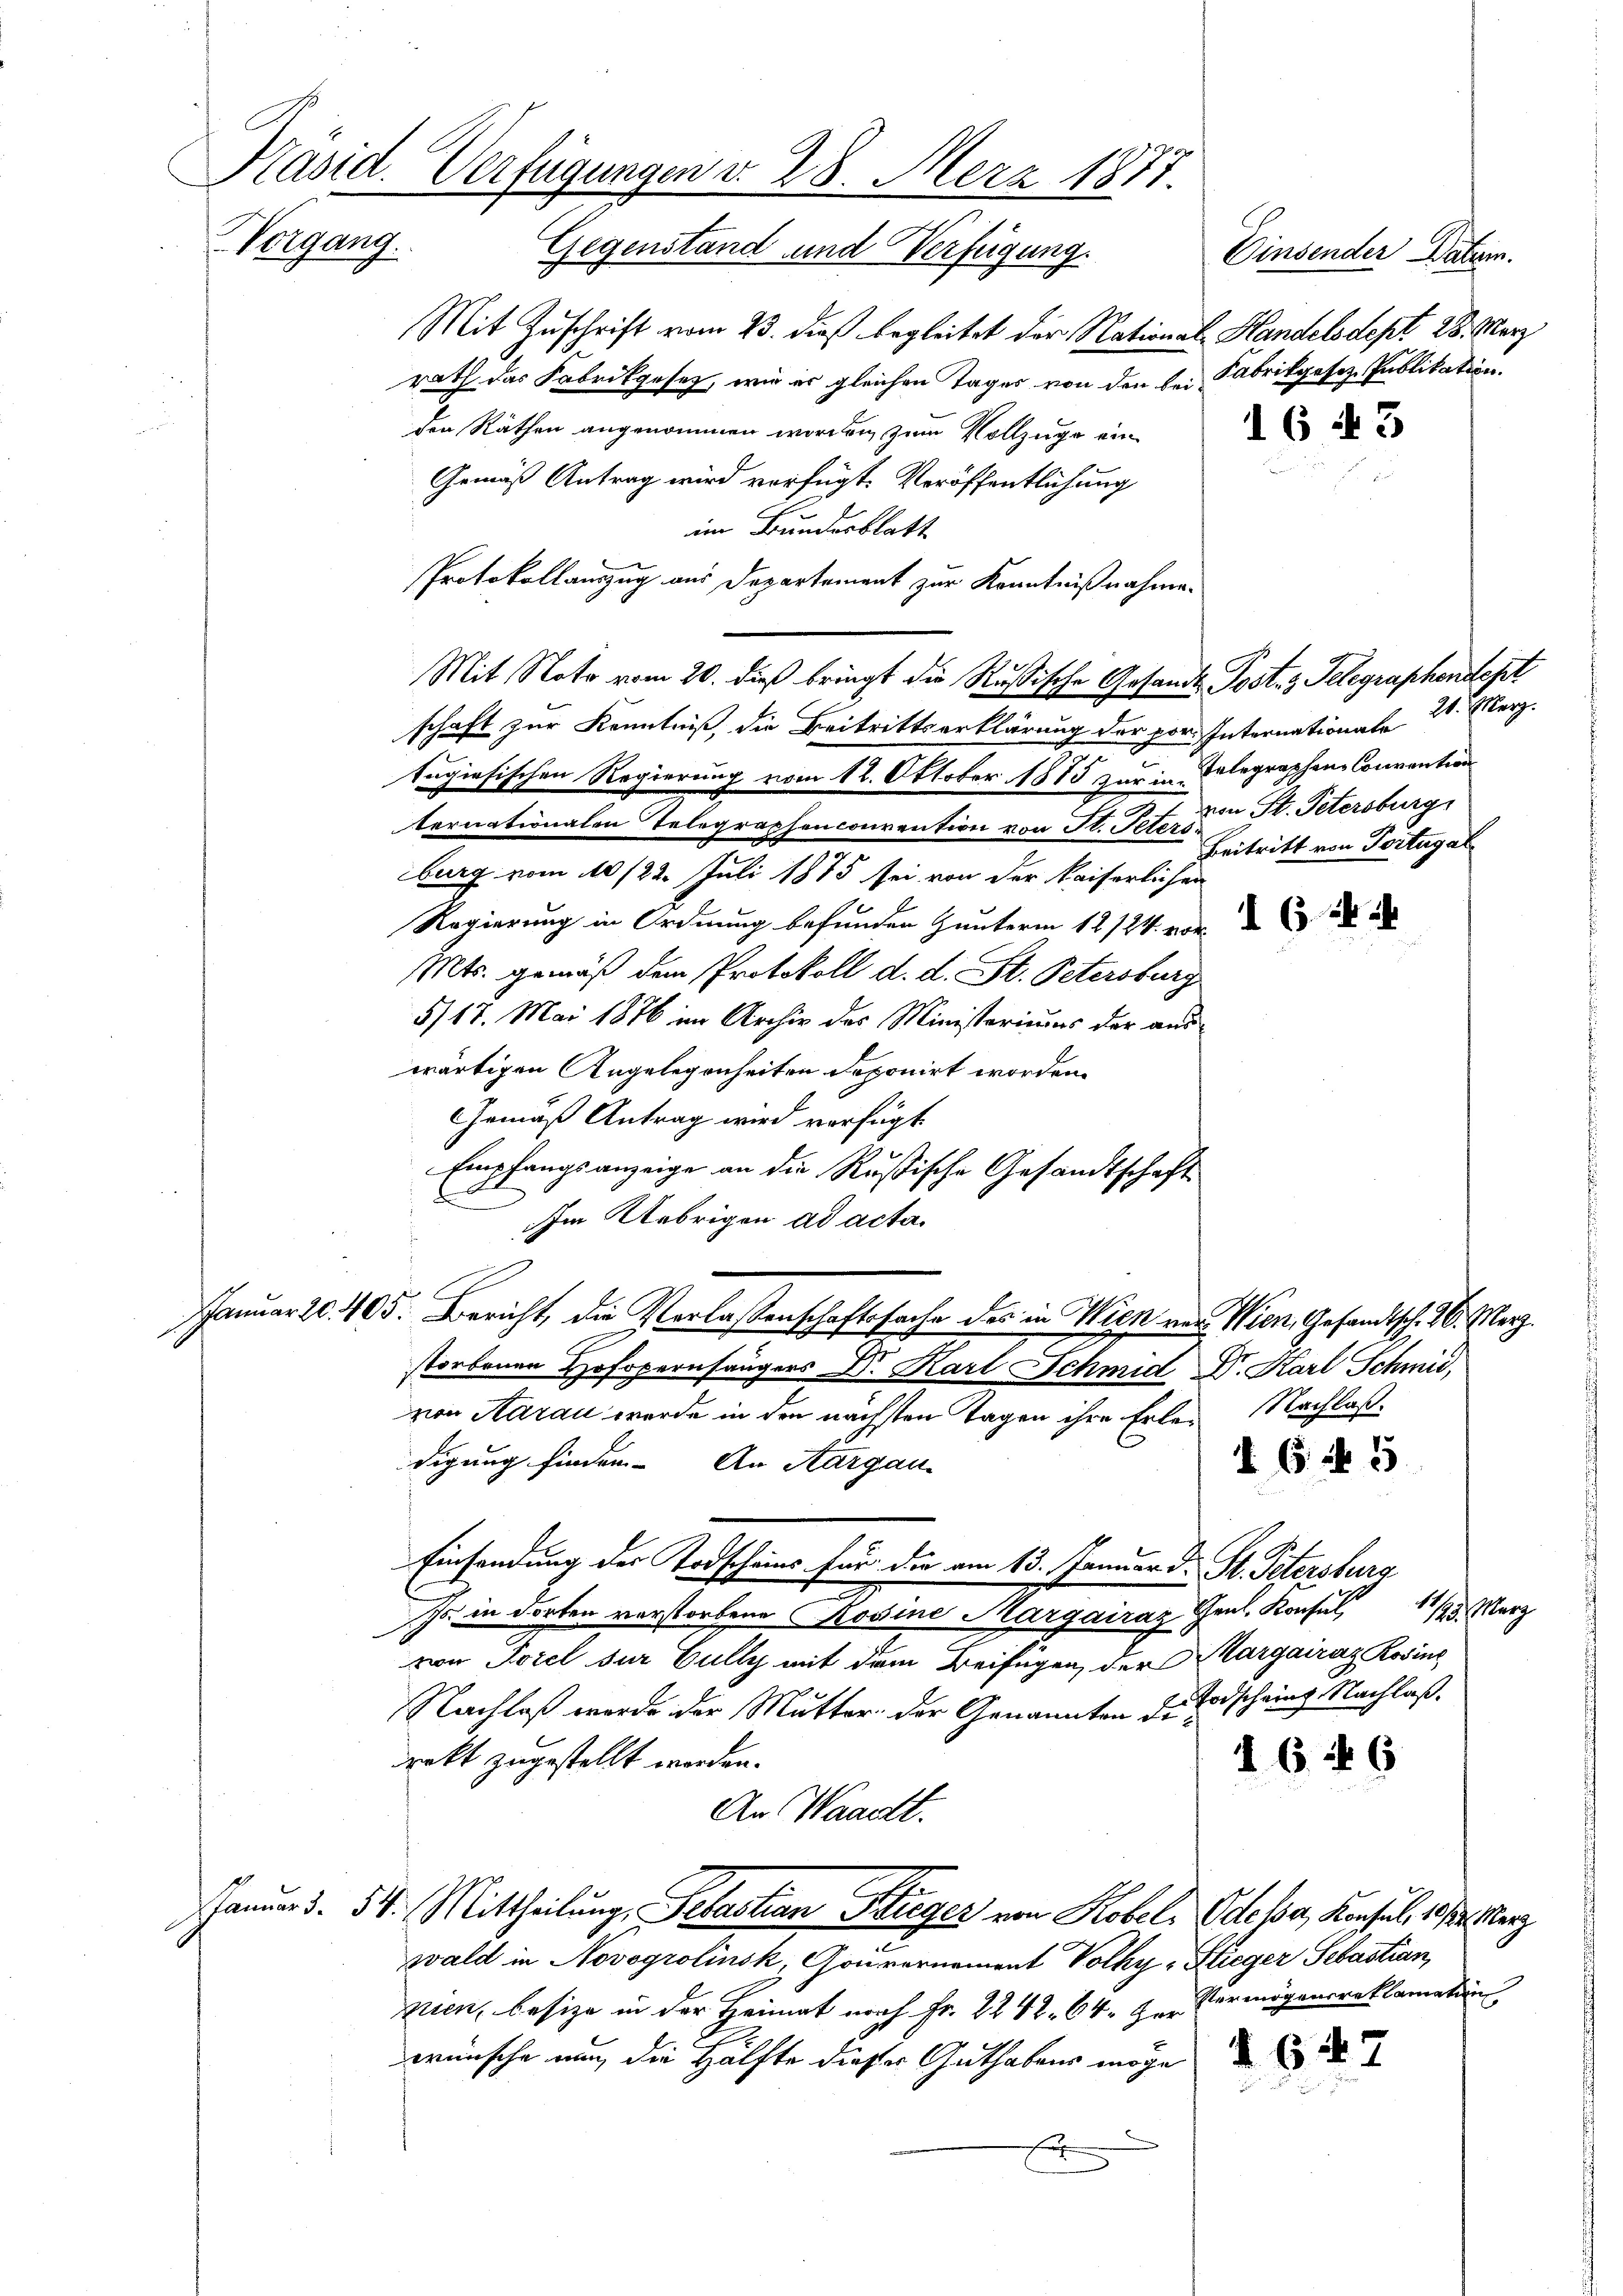
Kasid. Verfügungen v. 28. Merz 1877.
Vergang. Gegenstand und Verfügung.
Einsender Datum.

Mit Zuschrift vom 23. dieß begleitet der National-Handelsdept 28. März
rath das Fabrikgesetz, wie er gleichen Tages von den bei Fabrikgesez-Publikation.
den Räthen angenommen worden, zum Vollzuge ein
16 f 3
Gemäß Antrag wird verfügte Veröffentlichung
im Bundesblatt
Protokollauszug aus Departement zur Kenntnißnahme.
Mit Noto vom 20. dieß bringt die Rußische Gesandt Post- & Telegraphendept
schaft zur Kenntniß, die Beitrittserklärung der por. Internationale 20. Merz
tagiesischen Regierung vom 12. Oktober 1885 zur in Telegraphen Convention
ternationalen Telegraphenconvention von St. Peters
burg vom 10/22. Juli 1875 sei von der kaiserlichen
Regierung in Ordnung befunden Gunterm 12/24. vor
Mts. gemäß dem Protokoll d. d. St. Petersburg
5/17. Mai 1876 im Archiv des Ministeriums der auswärtigen Angelegenheiten deponirt worden.
Gemäß Antrag wird verfügt
Empfangsanzeige an die Rußische Gesandtschaft
d
Im Uebrigen ad acta.
Januar 20. 405. Bericht, die Verlaßenschaftssache des in Wien von Wien, Gesandtsch. 16. Merz
storbenen Hofopernsängers Dr. Karl Schmid Dr. Karl Schmid,
zion Aarau wurde in den nächsten Tagen ihre Erlen Nachlaßdigung finden. An Aargau
§. 6. No. 5
Einsendung der Todscheins für die am 13. Januar d. St. Petersburg
Js. in dorten verstorbene Rosine Margairaz Geul. Konsul 11/9 März
von Torel sur Cully mit dem Beifügen, der Margairaz Rosine
Nachlaß werde der Mutter der Genannten der Erdschein. Nachlaßdrekt zugestellt worden.
1646
An Waadt.
Januar d. 54. Mittheilŭng, Sebastian Krieger von Kobel, Odesser, Konsul, 1813. Merz
wald in Novogrolinsk, Gouvernement Volky-Stieger Sebastian,
zien, besize in der Heimat noch Fr. 2242. 64. Der Vermögensreklamation
wünsche nun die Hälfte dieser Guthabens möge
x

von St. Petersburg
Beitritt von Tortugal